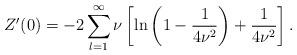
LaTeX: \begin{align*}Z'(0)=-2\sum_{l=1}^{\infty}\nu \left [\ln\left (1-\frac{1}{4\nu^2}\right )+\frac{1}{4\nu^2}\right ]{.}\end{align*}